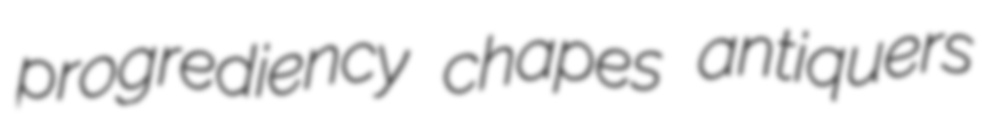
progrediency chapes antiquers